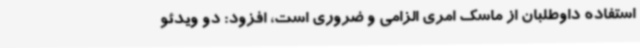
استفاده داوطلبان از ماسک امری الزامی و ضروری است، افزود: دو ویدئو